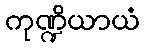
ကုဏ္ဍိယာယံ